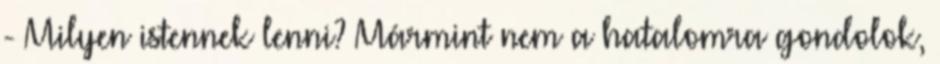
- Milyen istennek lenni? Mármint nem a hatalomra gondolok,